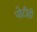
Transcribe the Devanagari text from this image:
पोटीही